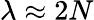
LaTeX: \lambda\approx 2N